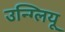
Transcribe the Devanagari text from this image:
उन्ग्लियू